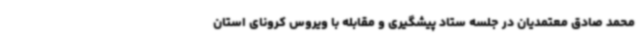
محمد صادق معتمدیان در جلسه ستاد پیشگیری و مقابله با ویروس کرونای استان